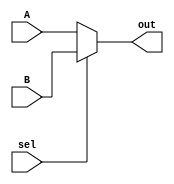
// configurar de acordo, ele t 4 pra 1 por enquanto, vou deixar 32 bits pq  o tamanho do registrador
module MUX32 (
    input  wire sel,
    input  wire [31:0] A,
    input  wire [31:0] B,
    output wire [31:0] out
);

    assign out =(sel == 0)? A :
                (sel == 1)? B :
                32'b00000000000000000000000000000000;

endmodule